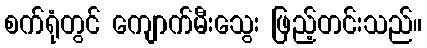
စက်ရုံတွင် ကျောက်မီးသွေး ဖြည့်တင်းသည်။